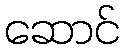
ဆောင်